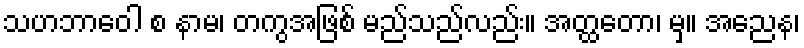
သဟဘာဝေါ စ နာမ၊ တကွအဖြစ် မည်သည်လည်း။ အတ္ထတော၊ မှ။ အညေန၊